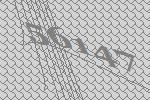
56147